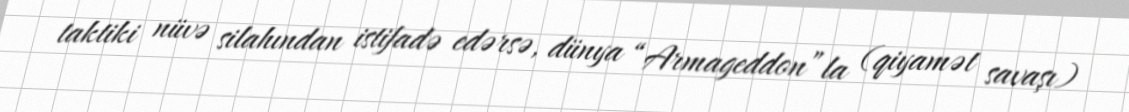
taktiki nüvə silahından istifadə edərsə, dünya “Armageddon”la (qiyamət savaşı)